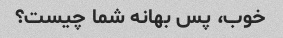
خوب، پس بهانه شما چیست؟